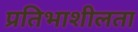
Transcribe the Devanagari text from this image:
प्रतिभाशीलता